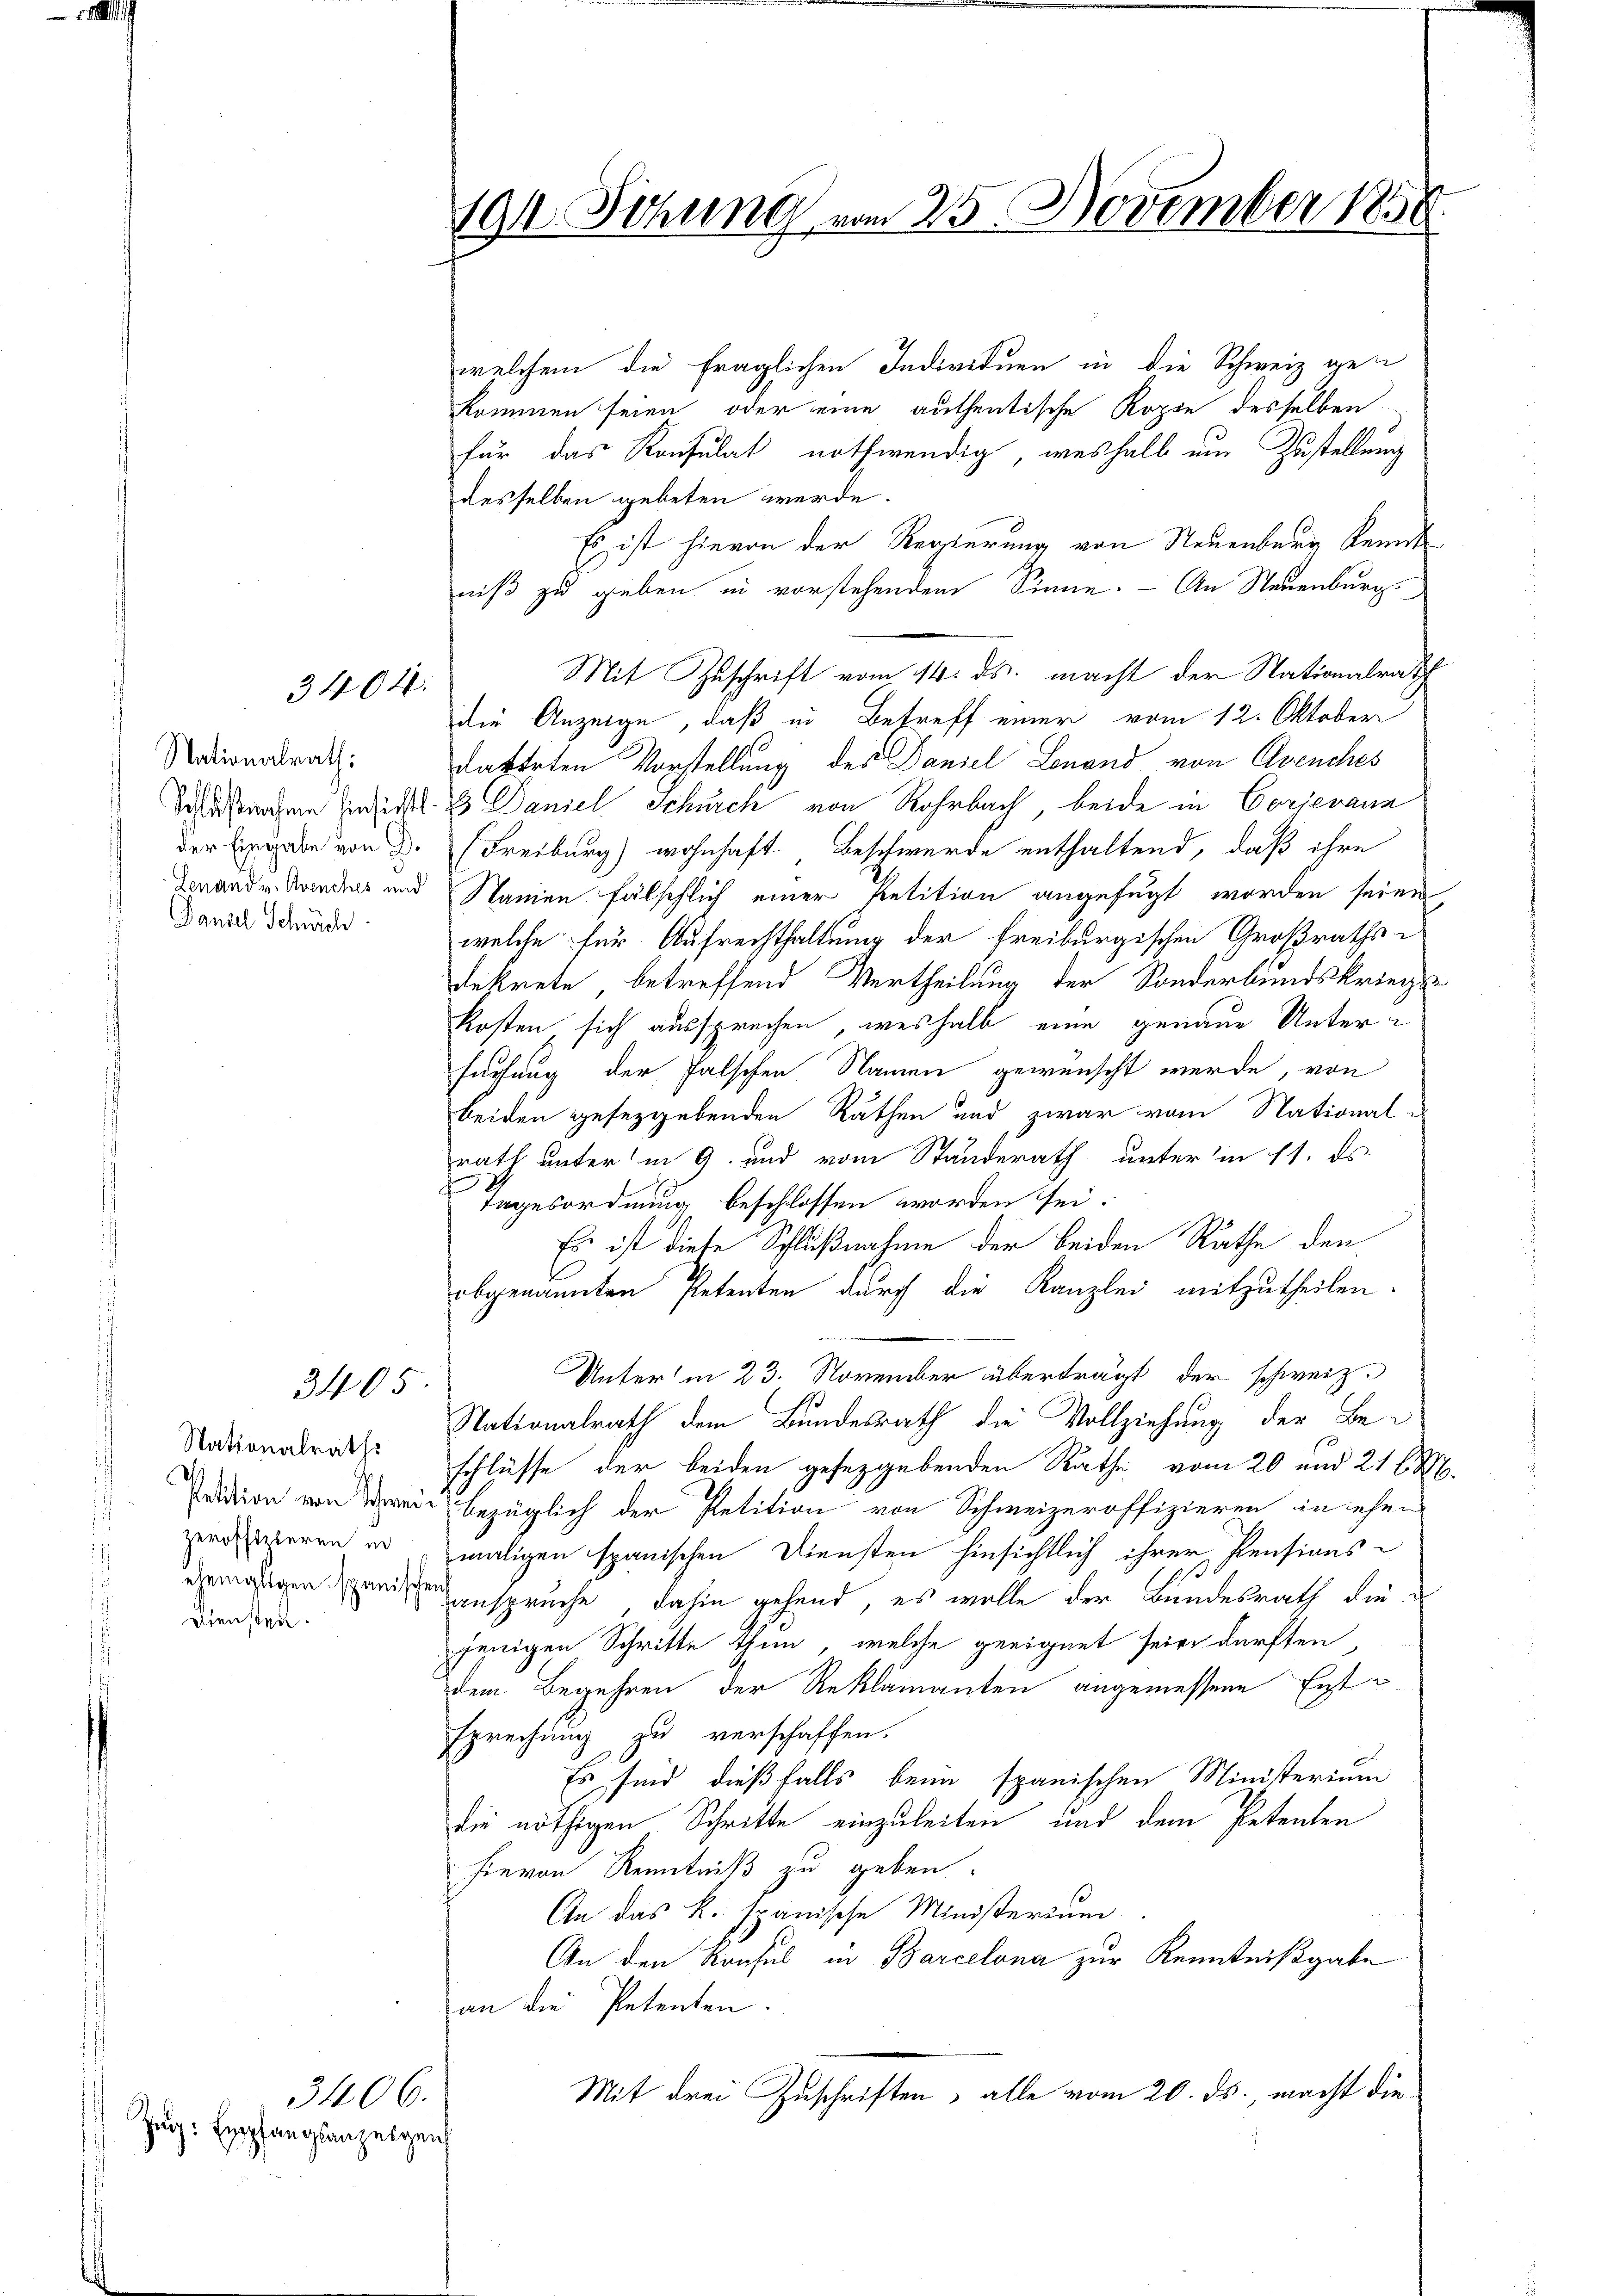
3404.

Nationalrath:
Schlußnahme hinsichtl.
der Eingabe von d.
Lenand v. Avenches und
Pausel Schürch

3405

Nationalraths
Rektion von Schweizeroffizieren in
ehengligen spanisch
Diensten.

3406.
Zug: Empfangsanzeigen

191. Sitzung vom 25. November 1858

welchem die fraglichen Individuen in die Schweiz gen
kommen seien, oder eine authentische Kopie desselben
für das Konsulat nothwendig, weshalb um Zustellung
desselben gebeten werde.
Es ist hievon der Regierung von Neuenburg Kennt
niß zu geben in vorstehendem Sinne. - An Steuenburg.
Mit Zuschrift vom 14. ds. macht der Nationalrath
die Anzeige, daß in Betreff einer vom 12. Oktober
datteten Vorstellung des Daniel Lonand von Avenches
& Daniel Schurch von Rohrbach, beide in Corjevanz
(Freiburg) wohnhaft Beschwerde enthaltend, daß ihre
Namen fälschlich einer Petition angefügt worden seien
welche für Aufrechthaltung der freiburgischen Großraths-
dekrete, betreffend Vertheilung der Sonderbundskriegs
kosten, sich aussprechen, weshalb eine genaue Unterfürfung der falschen Namen gewünscht werde, von
beiden geseggebenden Räthen und zwar vom Nationalrath unter in 9. und vom Standerath unterm 11. ds.
tagesordnung beschlossen worden sei.
Es ist diese Schlußnahme der beiden Rathe den
obgenannten Petenten durch die Kanzlei mitzutheilen.
Unter in 23. November überträgt, der schweiz.
Nationalrath dem Bundesrath die Vollziehung der Be-
schlüsse der beiden gesetzgebenden Rathe vom 20 und 21 l. M.
bezüglich der Petition von Schweizeroffizieren in ehe
maligen spanischen Diensten hinsichtlich ihrer Pensions-
ss
ansprüche dahin gehend, es wolle der Bundesrath die
jenigen Schritte thun, welche geeignet seien dürften
dem Begehren der Reklamanten angemessene Entsprechung zu verschaffen.
Es sind dießfalls beim spanischen Ministerium
die nöthigen Schritte einzuleiten und dem Petenten
hievon Kenntniß zu geben.
An das K. spanische Ministerium
An den Konsul in Barcelona zur Kenntnißgabe
an die Petenten.
Mit drei Zuschriften, alle vom 20. ds., macht die¬